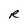
Character: R